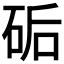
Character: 𥒖